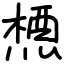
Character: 槱